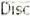
DISC